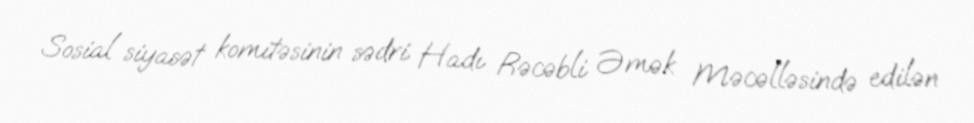
Sosial siyasət komitəsinin sədri Hadı Rəcəbli Əmək Məcəlləsində edilən